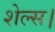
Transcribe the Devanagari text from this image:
शेल्स।